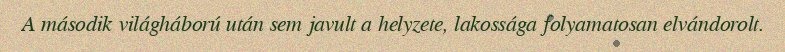
A második világháború után sem javult a helyzete, lakossága folyamatosan elvándorolt.